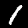
Digit: 1